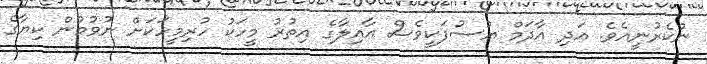
ނުކެރުނީއެވެ. އަދި އާދަމް ޔުސުފަކީވެސް އާއިލާގެ އިތުރު މީހަކު ހުރިމީހަކަށް ނުވުމުން ކިޔާގެ